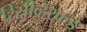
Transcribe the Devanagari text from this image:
रिसीव्हरकडे